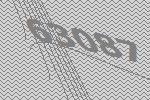
63087